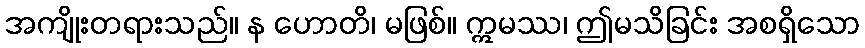
အကျိုးတရားသည်။ န ဟောတိ၊ မဖြစ်။ ဣမဿ၊ ဤမသိခြင်း အစရှိသော